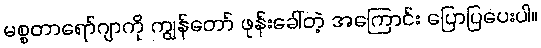
မစ္စတာရော်ဂျာကို ကျွန်တော် ဖုန်းခေါ်တဲ့ အကြောင်း ပြောပြပေးပါ။